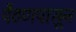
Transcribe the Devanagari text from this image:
पैठणपासून